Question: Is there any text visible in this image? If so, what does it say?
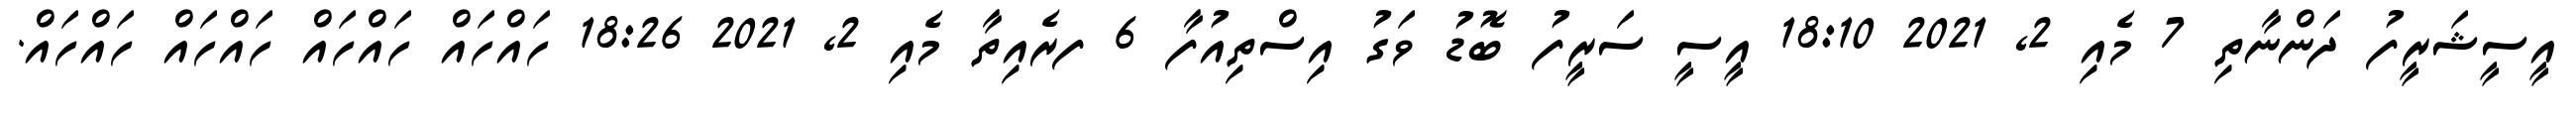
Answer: އީސީޝަރީފު ދަންނާތި 7 މެއި 2, 2021 18:10 އީސީ ސަރީފު ބޮޑު ވަގު އިސްތިއުފާ 6 ފރެއިތާ މެއި 2, 2021 18:26 ހައްހައް ހައްހައް ހައްހައް ހައްހައް.